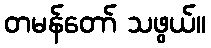
တမန်တော် သဖွယ်။